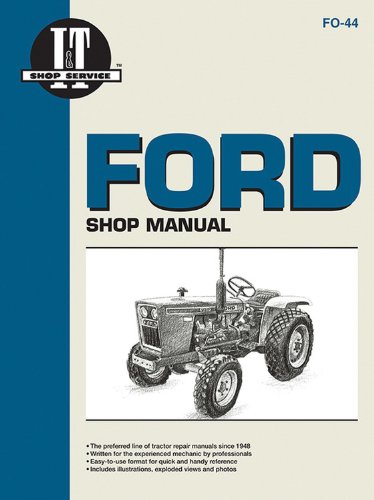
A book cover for Ford Shop Manual Models1100 1110 1200 1210+ (Manual Fo-44); Penton Staff; Reference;